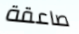
صاعقة